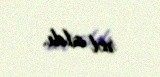
rol aldı.